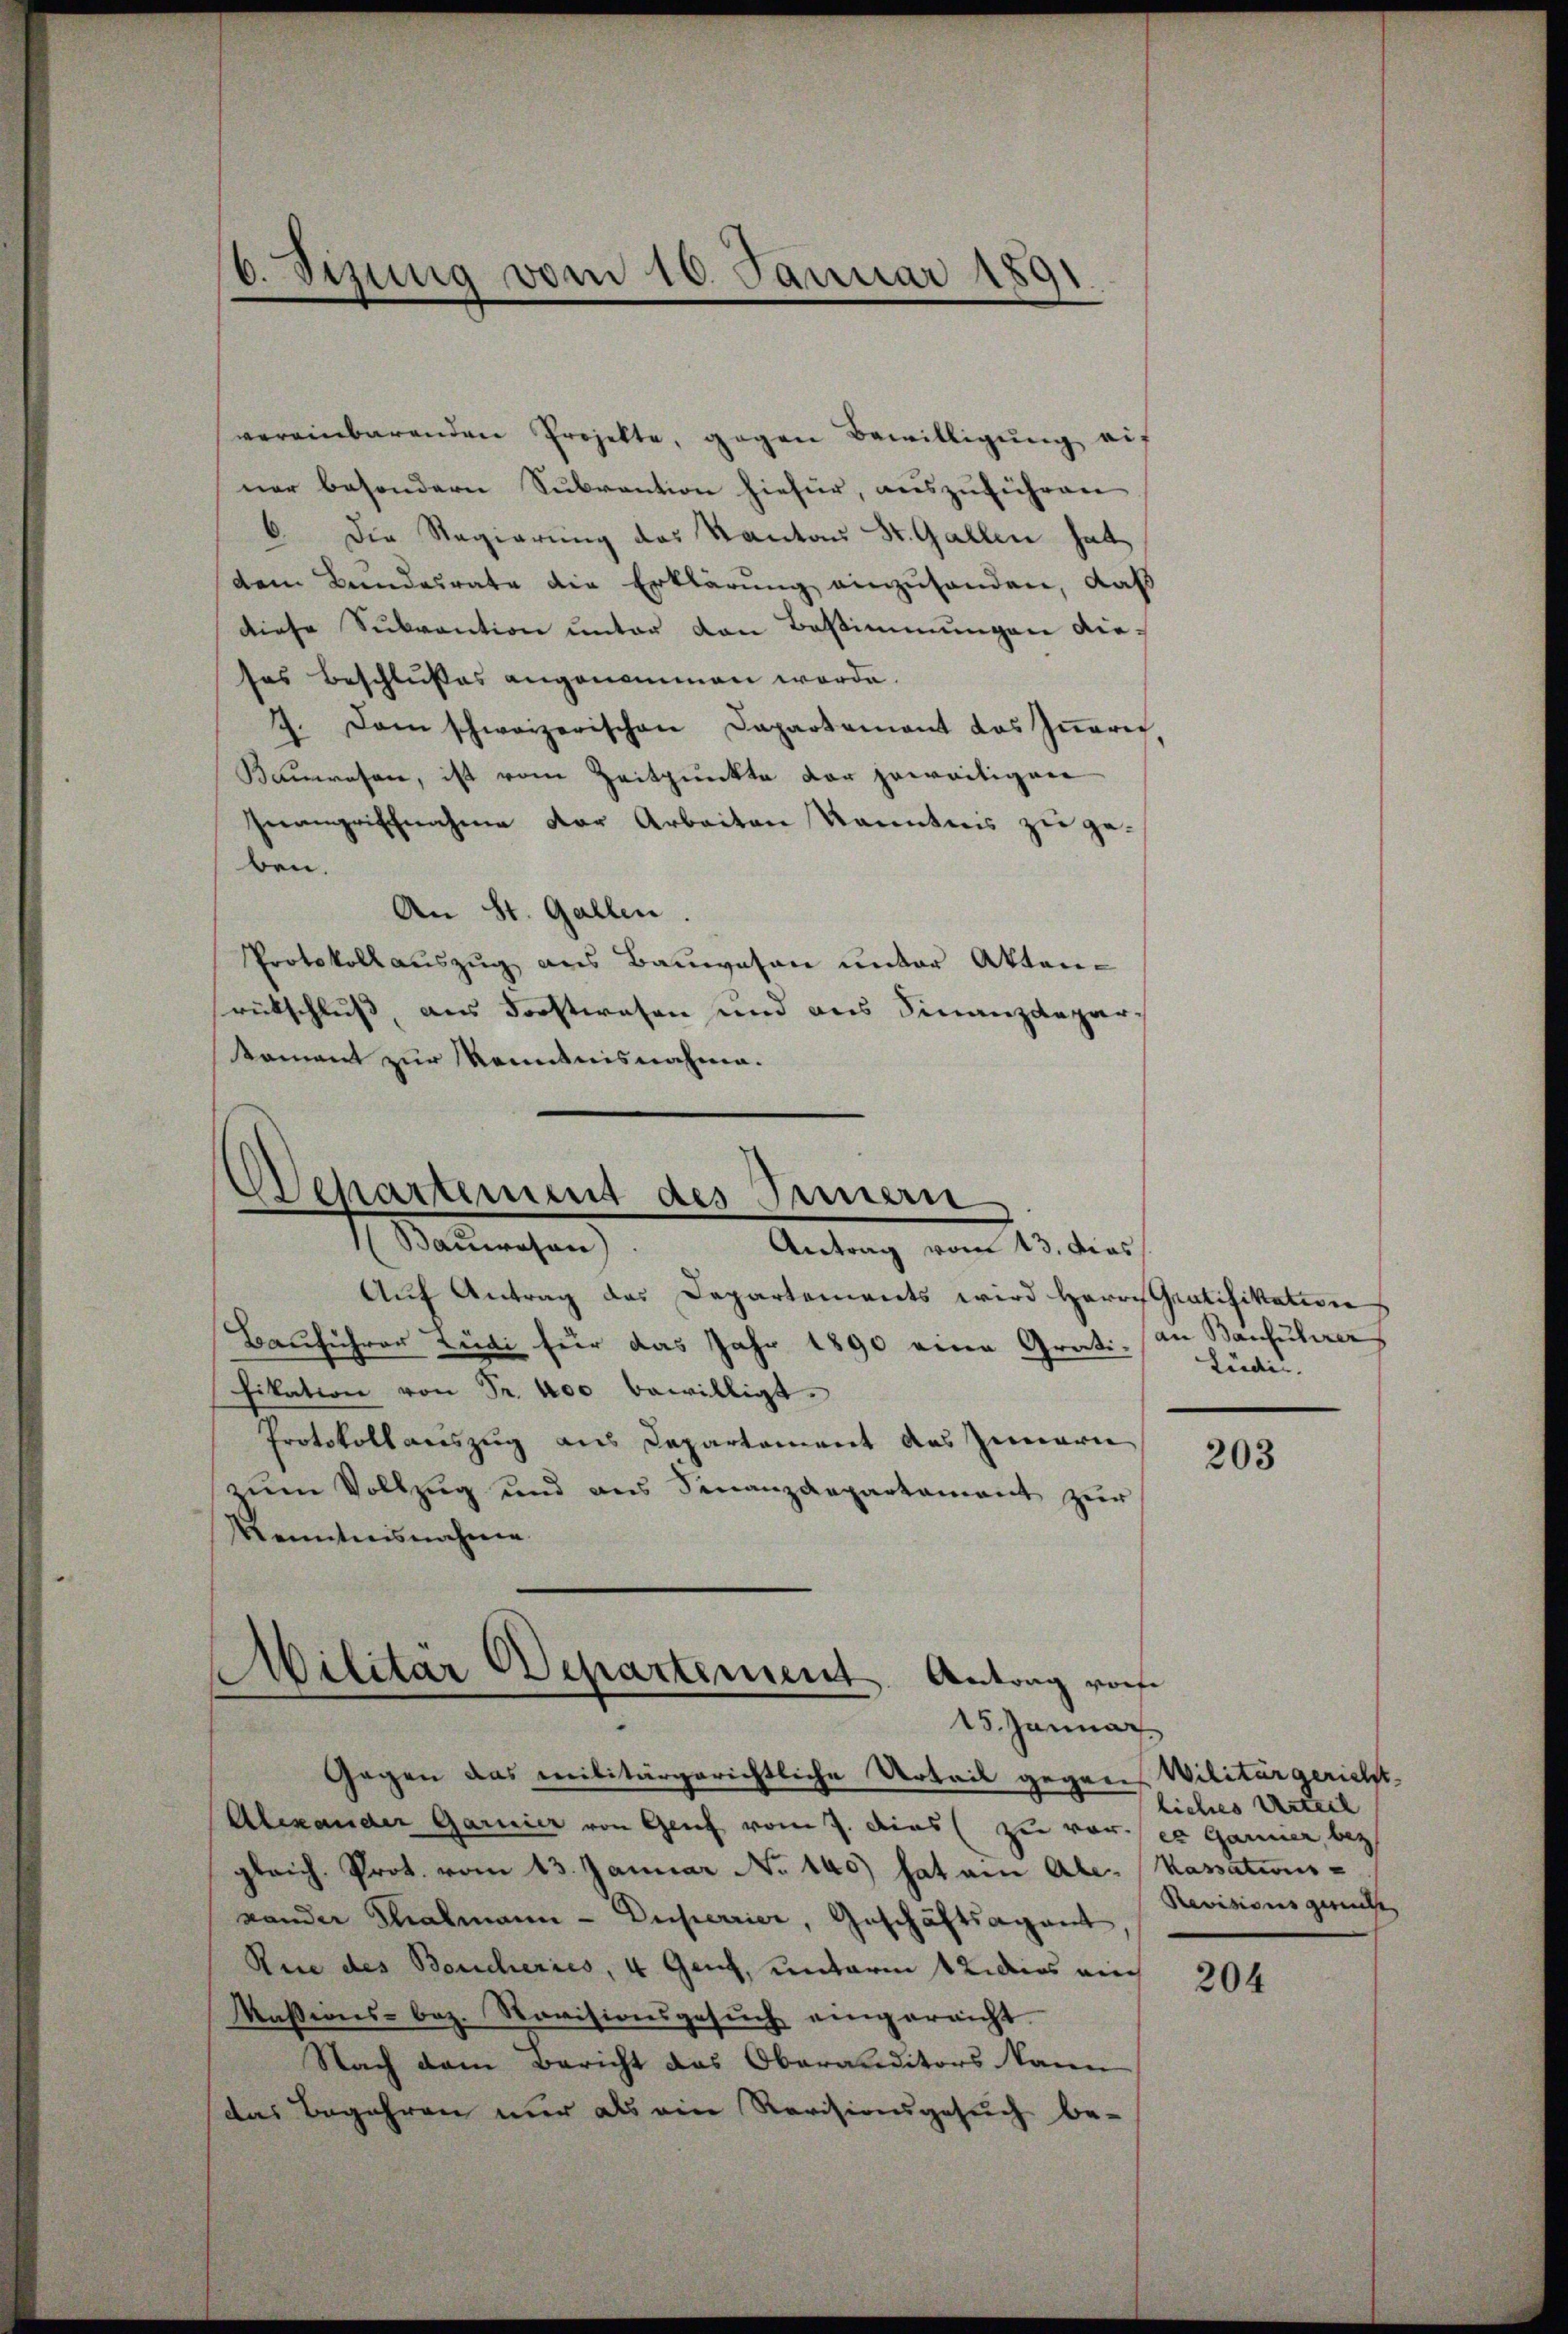
vereinbarenden Projekte, gegen Bewilligŭng auf
ner besondern Subvention hiefür, auszuführen.
6. Die Regierung des Kantons St. Gallen hat
dem Bundesrate die Erklärung einzuhanden, daß
diese Subvention unter von Bestimmungen dieses Beschlußes angenommen werde.
7. Dann schweizerischen Departement das Innern
Kauwesen, ist vom Zeitpunkte der jeweitigen
Inanzrischnahme der Arbeiten Kenntnis zu geben.
An St. Gallen.
Protokoll auszug aus Bauwesen unter Aktenrütschluß, aus Forstwesen und aus Finanzdepar-
koment zur Kenntnisnahme.

6. Sizung vom 16. Januar 1
.
.

Departement des Innern
Sanwesen
Antrag vom 13. dies

Aŭf Antrag das Departements wird Herrn Gratifikation
Bauführer Ludi für das Jahr 1890 eine Grati, an Bauführer
fikation von Fr. 400 bewilligt.
Protokoll auszug aus Departement des Innern
zum Vollzug und aus Finanzdepartament zur
Kenntnisnahme.
Gegen das militärgerichtliche Urteil gegen-
Alexander Garnier von Genf vom 7. dies zu vor.
gleich. Prot. vom 13. Januar No 140) hat ein Ale-Kassations-
Lander Thalmann - Duperrier, Geschäftsagant
Rue des Bercheries, 4 Ganz, unterm 12. dies auch
Masions- bez. Revisionsgesŭch eingereicht.
Nach dem Bericht das Oberauditors kann
das Begehren nur als ein Revisionsgesuch be-

Militär Departement
Antrag sof
15. Januar

Lüdi.

203

Wilitärgericht
liches Urteil
er Garnier, bez
Revisionsgerüche

204